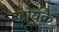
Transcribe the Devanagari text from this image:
होयकै